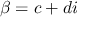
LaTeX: \beta = c + d i